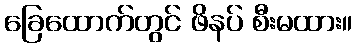
ခြေထောက်တွင် ဖိနပ် စီးမထား။